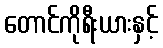
တောင်ကိုရီးယားနှင့်